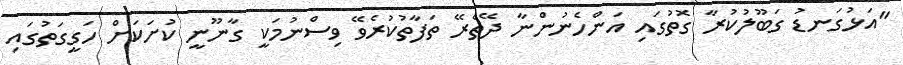
"އަޅުގަނޑު ގަބޫލުކުރާ ގޮތުގައި އަންހެނުންނާ ދޭތެރޭ ތަފާތުކުރެވޭ ވިސްނުމަކީ ގާނޫނީ ކުށަކަށް ހަގީގަތުގައި